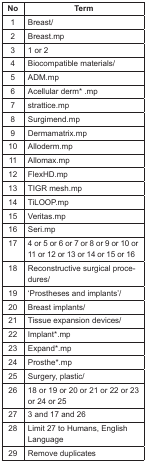
<table><thead><tr><td><b>No</b></td><td><b>Term</b></td></tr></thead><tbody><tr><td>1</td><td>Breast/</td></tr><tr><td>2</td><td>Breast.mp</td></tr><tr><td>3</td><td>1 or 2</td></tr><tr><td>4</td><td>Biocompatible materials/</td></tr><tr><td>5</td><td>ADM.mp</td></tr><tr><td>6</td><td>Acellular derm* .mp</td></tr><tr><td>7</td><td>strattice.mp</td></tr><tr><td>8</td><td>Surgimend.mp</td></tr><tr><td>9</td><td>Dermamatrix.mp</td></tr><tr><td>10</td><td>Alloderm.mp</td></tr><tr><td>11</td><td>Allomax.mp</td></tr><tr><td>12</td><td>FlexHD.mp</td></tr><tr><td>13</td><td>TIGR mesh.mp</td></tr><tr><td>14</td><td>TiLOOP.mp</td></tr><tr><td>15</td><td>Veritas.mp</td></tr><tr><td>16</td><td>Seri.mp</td></tr><tr><td>17</td><td>4 or 5 or 6 or 7 or 8 or 9 or 10 or 11 or 12 or 13 or 14 or 15 or 16</td></tr><tr><td>18</td><td>Reconstructive surgical procedures/</td></tr><tr><td>19</td><td>‘Prostheses and implants’/</td></tr><tr><td>20</td><td>Breast implants/</td></tr><tr><td>21</td><td>Tissue expansion devices/</td></tr><tr><td>22</td><td>Implant*.mp</td></tr><tr><td>23</td><td>Expand*.mp</td></tr><tr><td>24</td><td>Prosthe*.mp</td></tr><tr><td>25</td><td>Surgery, plastic/</td></tr><tr><td>26</td><td>18 or 19 or 20 or 21 or 22 or 23 or 24 or 25</td></tr><tr><td>27</td><td>3 and 17 and 26</td></tr><tr><td>28</td><td>Limit 27 to Humans, English Language</td></tr><tr><td>29</td><td>Remove duplicates</td></tr></tbody></table>